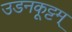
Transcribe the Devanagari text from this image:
उडनकूट्टम्